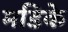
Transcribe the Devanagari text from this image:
मडिके